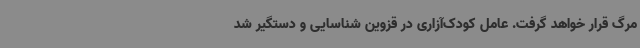
مرگ قرار خواهد گرفت. عامل کودک‌آزاری در قزوین شناسایی و دستگیر شد